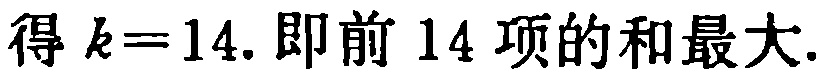
得 \(k = 14\). 即前 \(14\) 项的和最大.